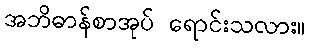
အဘိဓာန်စာအုပ် ရောင်းသလား။